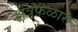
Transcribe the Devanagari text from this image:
क्षेत्रफळास